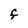
Character: F